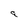
Character: a